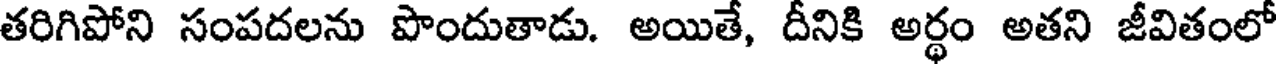
తరిగిపోని సంపదలను పొందుతాడు. అయితే, దీనికి అర్థం అతని జీవితంలో